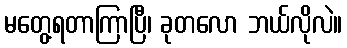
မတွေ့ရတာကြာပြီ၊ ခုတလော ဘယ်လိုလဲ။